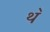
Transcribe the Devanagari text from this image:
थ॓